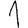
Digit: 1